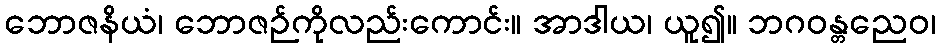
ဘောဇနိယံ၊ ဘောဇဉ်ကိုလည်းကောင်း။ အာဒါယ၊ ယူ၍။ ဘဂဝန္တညေဝ၊